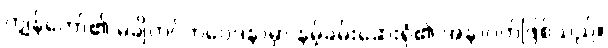
ကျွန်တော်၏ မချိတင်ကဲဝေဒနာမှာ နမ့်ခမ်းဆေးရုံ၏ အနာဂတ်ဖြစ်သည်။